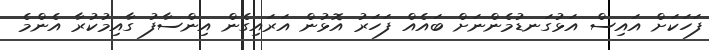
ފަހަކަށް އައިސް އަޅުގަނޑުމެންނަށް ބައެއް ފަހަރު އޮޅުން އަރައިގެން އިންސާފު ގާއިމުކުރާ އެންމެ